V__Kingissepa_nim__kolhoos, lk 58
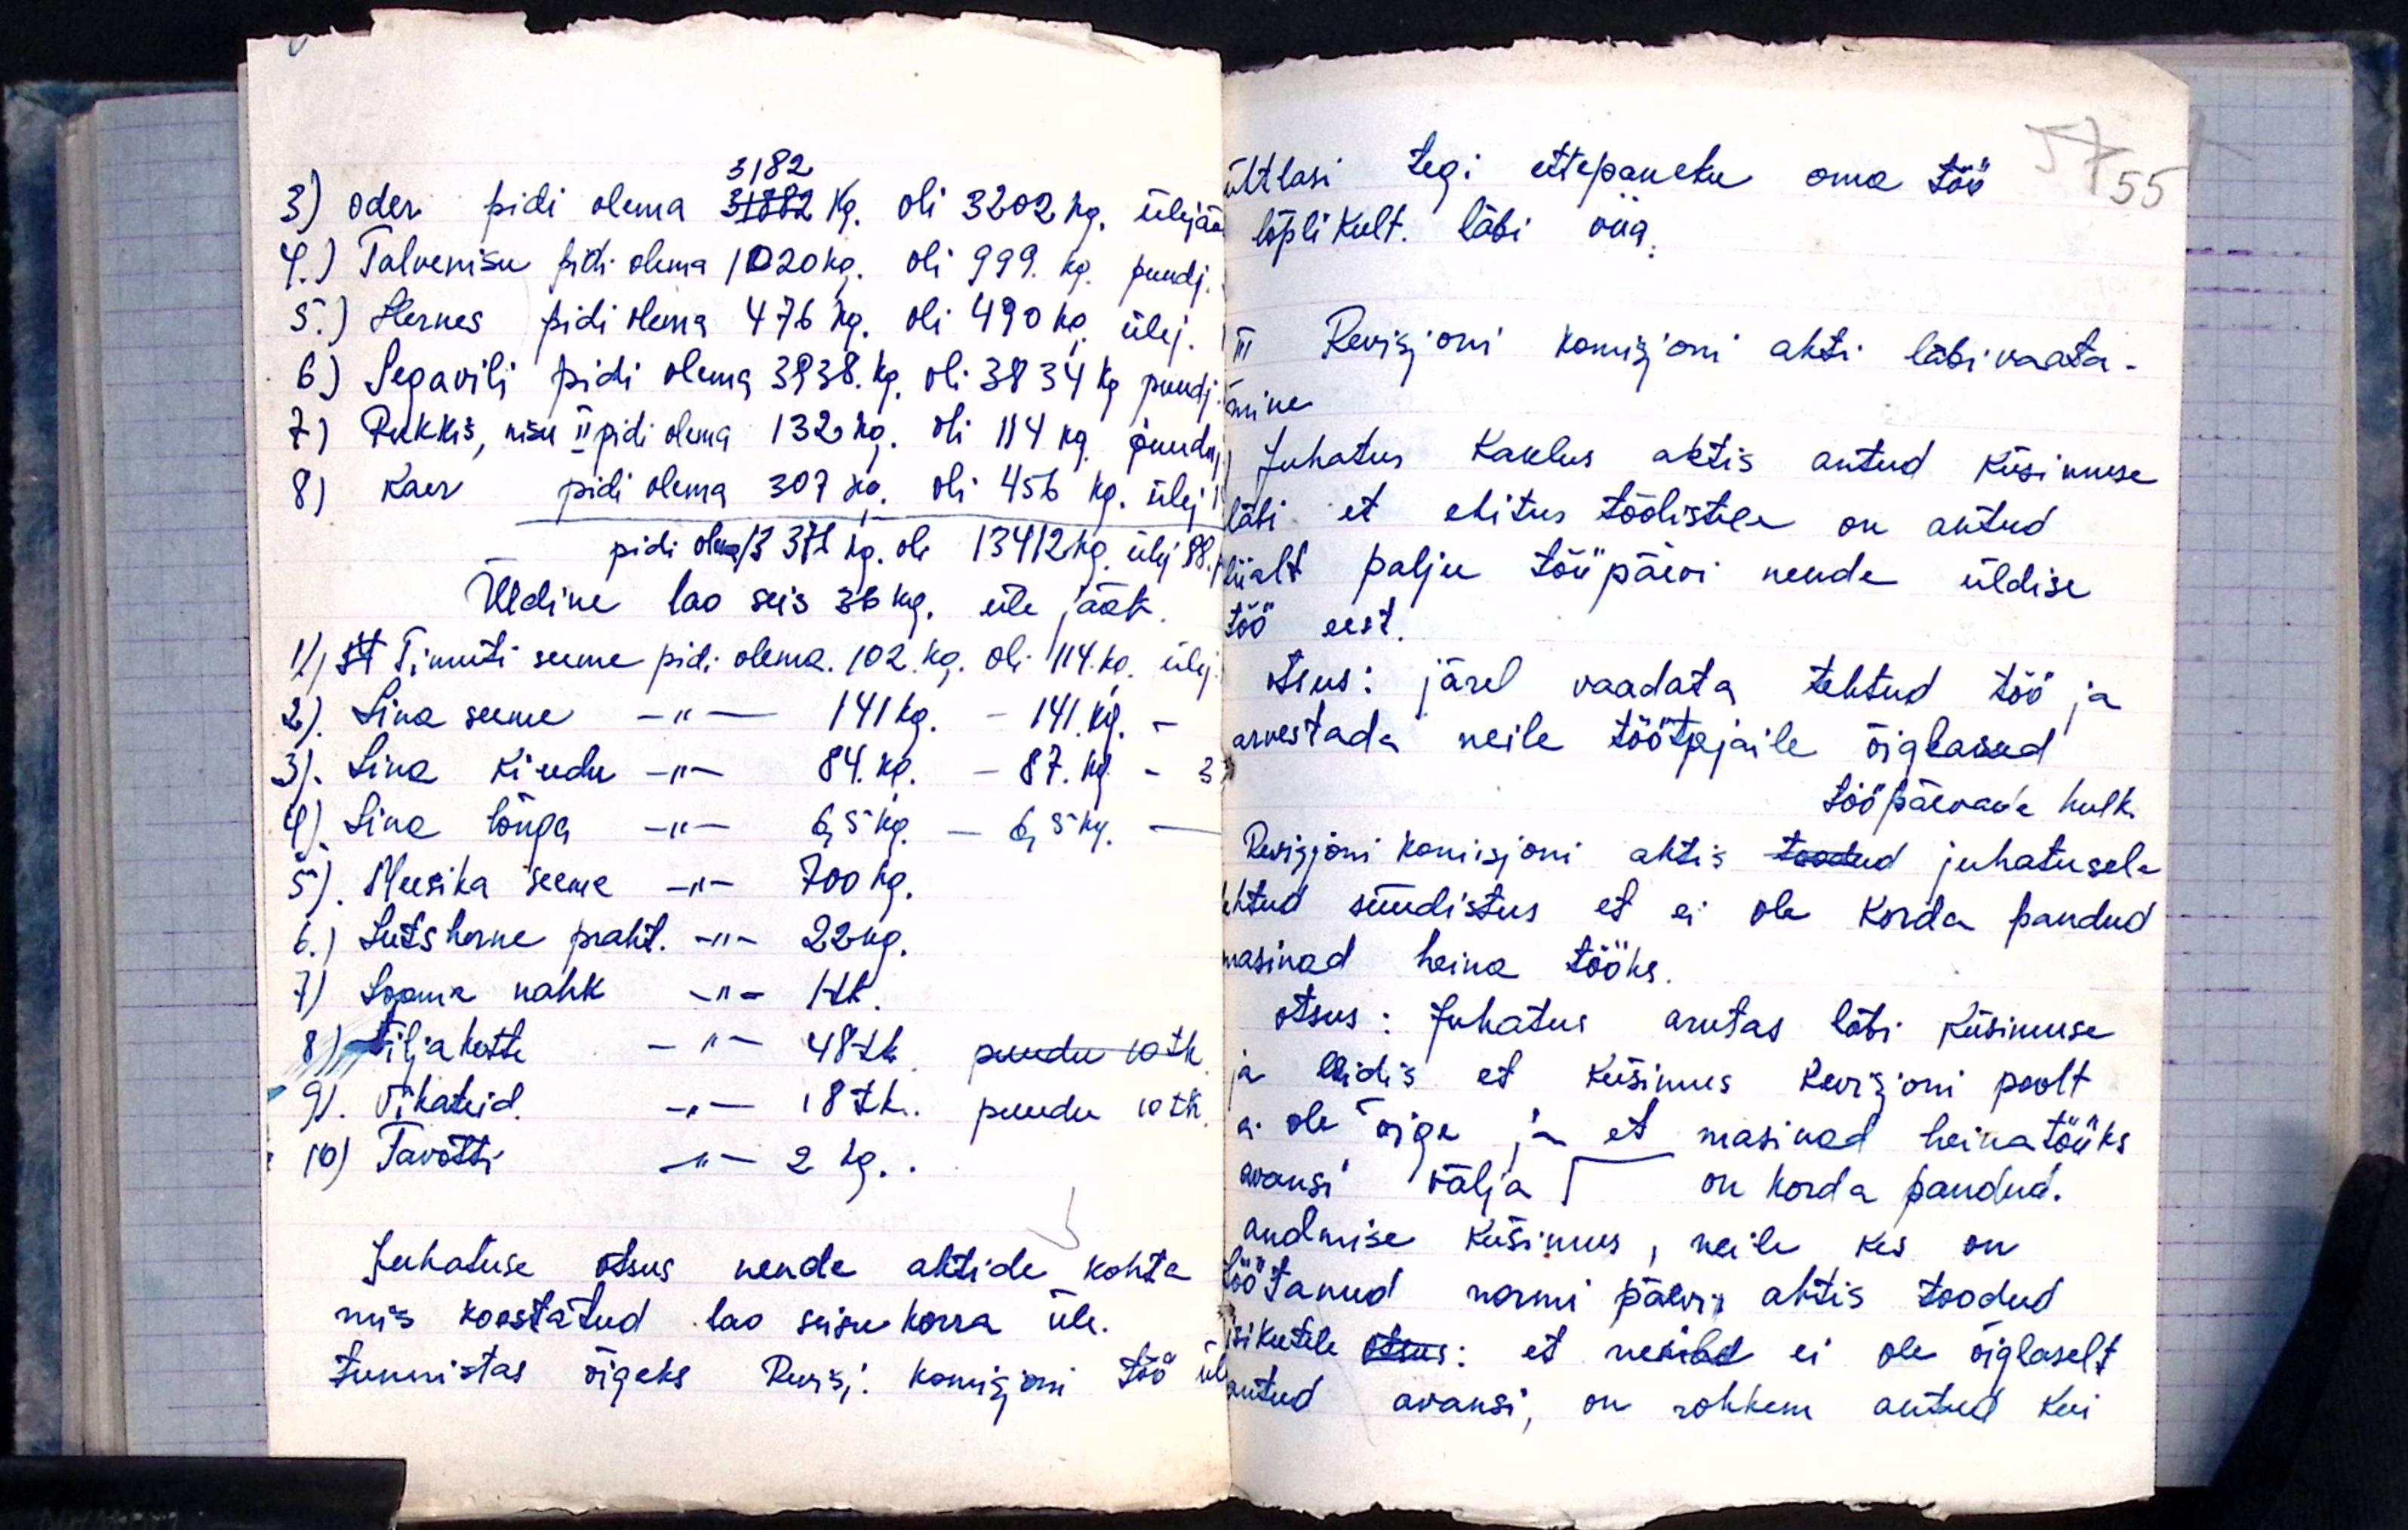
3182
3) oder pidi olema 31882 kg. oli 3202 kg. ülejää
4.) Talvenisu pidi olema 1020 kg. oli 999. kg. puudj.
5.) Hernes pidi olema 476 kg. oli 490 kg ülej.
6) Sepavili pidi olema 3938. kg. oli 3834 kg puudj.
7) Rukkis, nisu II pidi olema 132 kg. oli 114 kg. puuduj.
8) kaer pidi olema 307 kg. oli 456 kg. ülej
pidi olema 13 376 kg. oli 13412 kg. ülej 88
Üldine lao seis 36 kg. üle jääk.
1). Timuti seeme pidi olema. 102 kg. oli 114. kg. ülej.
2). Lina seeme -"- 141 kg. - 141. kg. -
3). Linu kiudu -"- 84. kg. - 87. kg. - 3
4). Lina lõnga -"- 6,5 kg. - 6,5 kg. -
5). Meesika seeme -"- 700 kg.
6.) Lutsherne praht. -"- 22 kg.
7) Looma nahk -"- 1tk.
8) Vilja kotte -"- 48tk. puudu 10 tk.
9). Vikateid. -"- 18tk. puudu 10 tk.
10) Tavotti -"- 2 kg..
Juhatuse otsus nende aktide kohta
mis koostatud lao seisukorra üle.
tunnistas õigeks Revisj. komisjoni töö

Ühtlasi tegi ettepaneku oma töö
lõplikult. läbi viia.
III Revisjoni komisjoni akti läbivaata-
mine
Juhatus kaalus aktis antud küsimuse
läbi, et ehitus töölistele on antud
liialt palju tööpäevi nende üldise
töö eest.
otsus: järel vaadata tehtud töö ja
arvestada neile töötajaile õiglased
tööpäevade hulk
Revisjoni komisjoni aktis toodud juhatusele
tehtud süüdistus et ei ole korda pandud
masinad heina tööks.
otsus: Juhatus arutas läbi küsimuse
ja leidis et Küsimus Revisjoni poolt
ei ole õige ja et masinad heina tööks
avansi välja
on korda pandud.
andmise küsimus, neile kes on
töötanud normi päevi aktis toodud
isikutele otsus: et neile ei ole õiglaselt
antud avansi, on rohkem antud kui